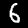
Digit: 6